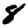
Digit: 8